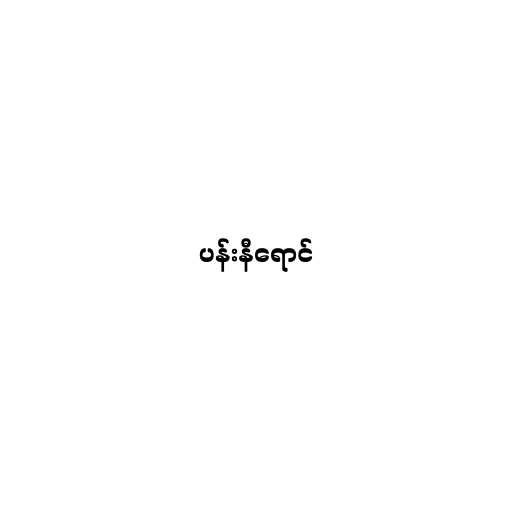
ပန်းနီရောင်